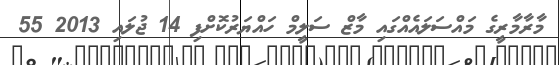
މާރާމާރީގެ މައްސަލައެއްގައި މާޒް ސަލީމް ހައްޔަރުކޮށްފި 14 ޖުލައި 2013 55